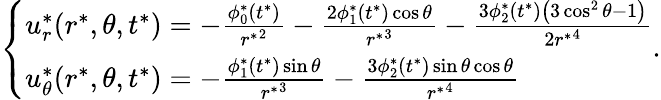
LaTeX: \left\{ \begin{array}{l}{u_{r}^{*}(r^{*},\theta,t^{*})=-\frac{\phi_{0}^{*}(t^{*})}{{r^{*}}^{2}}-\frac{2\phi_{1}^{*}(t^{*})\cos\theta}{{r^{*}}^{3}}-\frac{3\phi_{2}^{*}(t^{*})\left(3\cos^{2}\theta-1\right)}{2{r^{*}}^{4}}}\\ {u_{\theta}^{*}(r^{*},\theta,t^{*})=-\frac{\phi_{1}^{*}(t^{*})\sin\theta}{{r^{*}}^{3}}-\frac{3\phi_{2}^{*}(t^{*})\sin\theta\cos\theta}{{r^{*}}^{4}}}\end{array}\right..